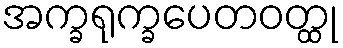
အက္ခရုက္ခပေတဝတ္ထု